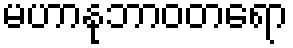
မဟာနုဘာဝတရော